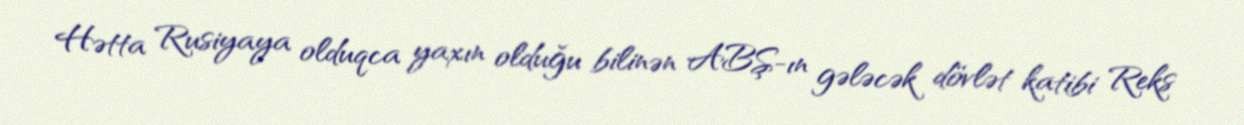
Hətta Rusiyaya olduqca yaxın olduğu bilinən ABŞ-ın gələcək dövlət katibi Reks